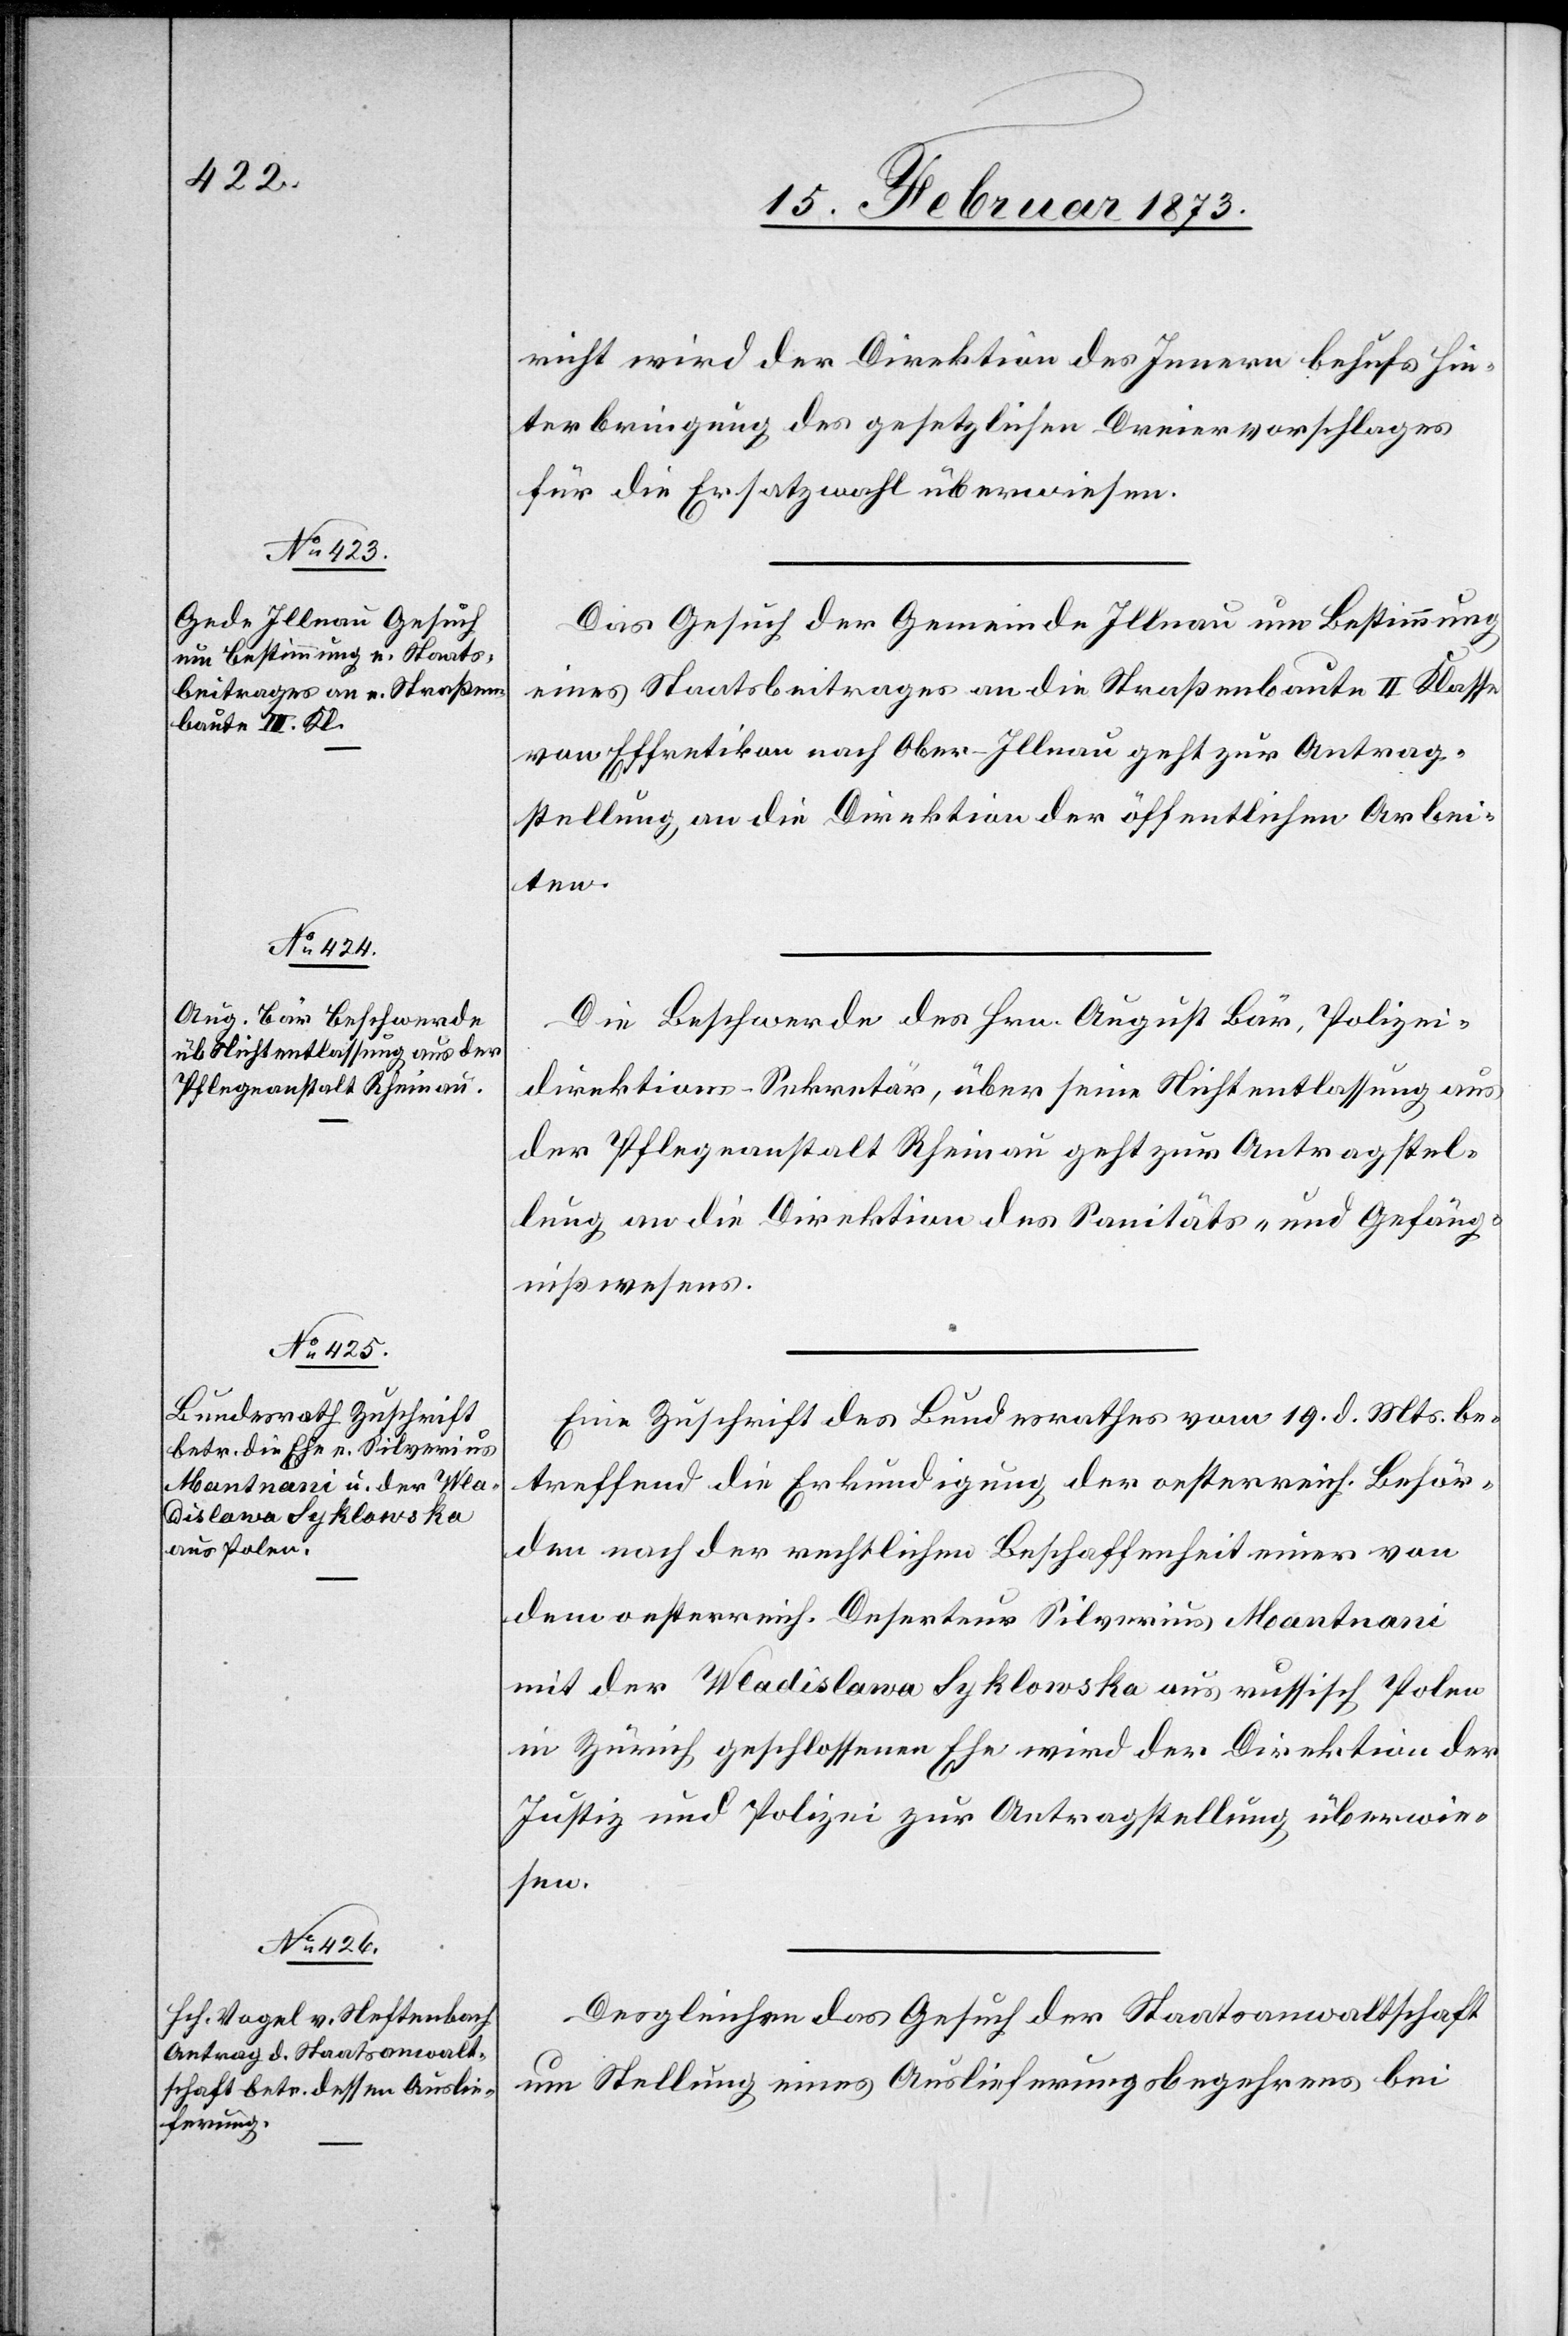
21. Februar 1873.]
richt wird der Direktion des Innern behufs Hin¬
terbringung des gesetzlichen Dreiervorschlages
für die Ersatzwahl überwiesen.
Das Gesuch der Gemeinde Illnau um Bestimmung
eines Staatsbeitrages an die Straßenbaute II Klasse
von Effretikon nach Ober-Illnau geht zur Antrag¬
stellung an die Direktion der öffentlichen Arbei¬
ten.
Die Beschwerde des Hrn. August Bär, Polizei¬
direktions-Sekretär, über seine Nichtentlassung aus
der Pflegeanstalt Rheinau geht zur Antragstel¬
lung an die Direktion des Sanitäts- und Gefäng¬
nißwesens.
Eine Zuschrift des Bundesrathes vom 19. d. Mts. be¬
treffend die Erkundigung der oesterreich. Behör¬
den nach der rechtlichen Beschaffenheit einer von
dem oesterreich. Deserteur Silverius Mantnani
mit der Wladislawa Syklowska aus russisch Polen
in Zürich, geschlossenen Ehe wird der Direktion der
Justiz und Polizei zur Antragstellung überwie¬
sen.
Desgleichen das Gesuch der Staatsanwaltschaft
um Stellung eines Auslieferungsbegehrens bei